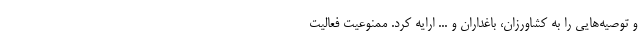
و توصیه‌هایی را به کشاورزان، باغداران و ... ارایه کرد. ممنوعیت فعالیت